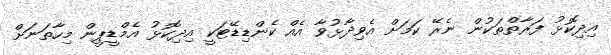
އިދިކޮޅު ފަރާތްތަކުން ނެރޭ ކަމަށް އެވިދާޅުވާ އެއް ކެންޑިޑޭޓަކީ އިދިކޮޅު އެމްޑީޕީން މިހާތަނަށް